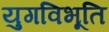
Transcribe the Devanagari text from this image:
युगविभूति